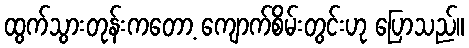
ထွက်သွားတုန်းကတော့ ကျောက်စိမ်းတွင်းဟု ပြောသည်။